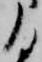
る